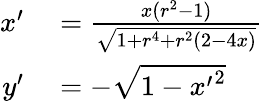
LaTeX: \begin{array}{rl}{x^{\prime}}&{{}=\frac{x(r^{2}-1)}{\sqrt{1+r^{4}+r^{2}(2-4x)}}}\\ {y^{\prime}}&{{}=-\sqrt{1-{x^{\prime}}^{2}}}\end{array}